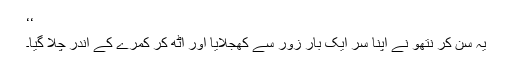
‘‘
یہ سن کر نتھو نے اپنا سر ایک بار زور سے کھجلایا اور اُٹھ کر کمرے کے اندر چلا گیا۔